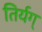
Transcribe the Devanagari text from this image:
तिर्यग्